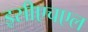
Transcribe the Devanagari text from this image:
इसीएचएल